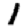
Digit: 1